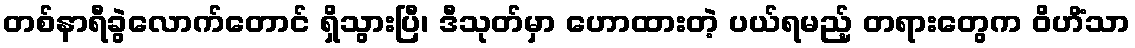
တစ်နာရီခွဲလောက်တောင် ရှိသွားပြီ၊ ဒီသုတ်မှာ ဟောထားတဲ့ ပယ်ရမည့် တရားတွေက ဝိဟိံသာ